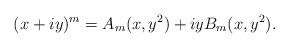
LaTeX: \begin{align*}(x+iy)^m= A_m(x,y^2)+iyB_m(x,y^2).\end{align*}